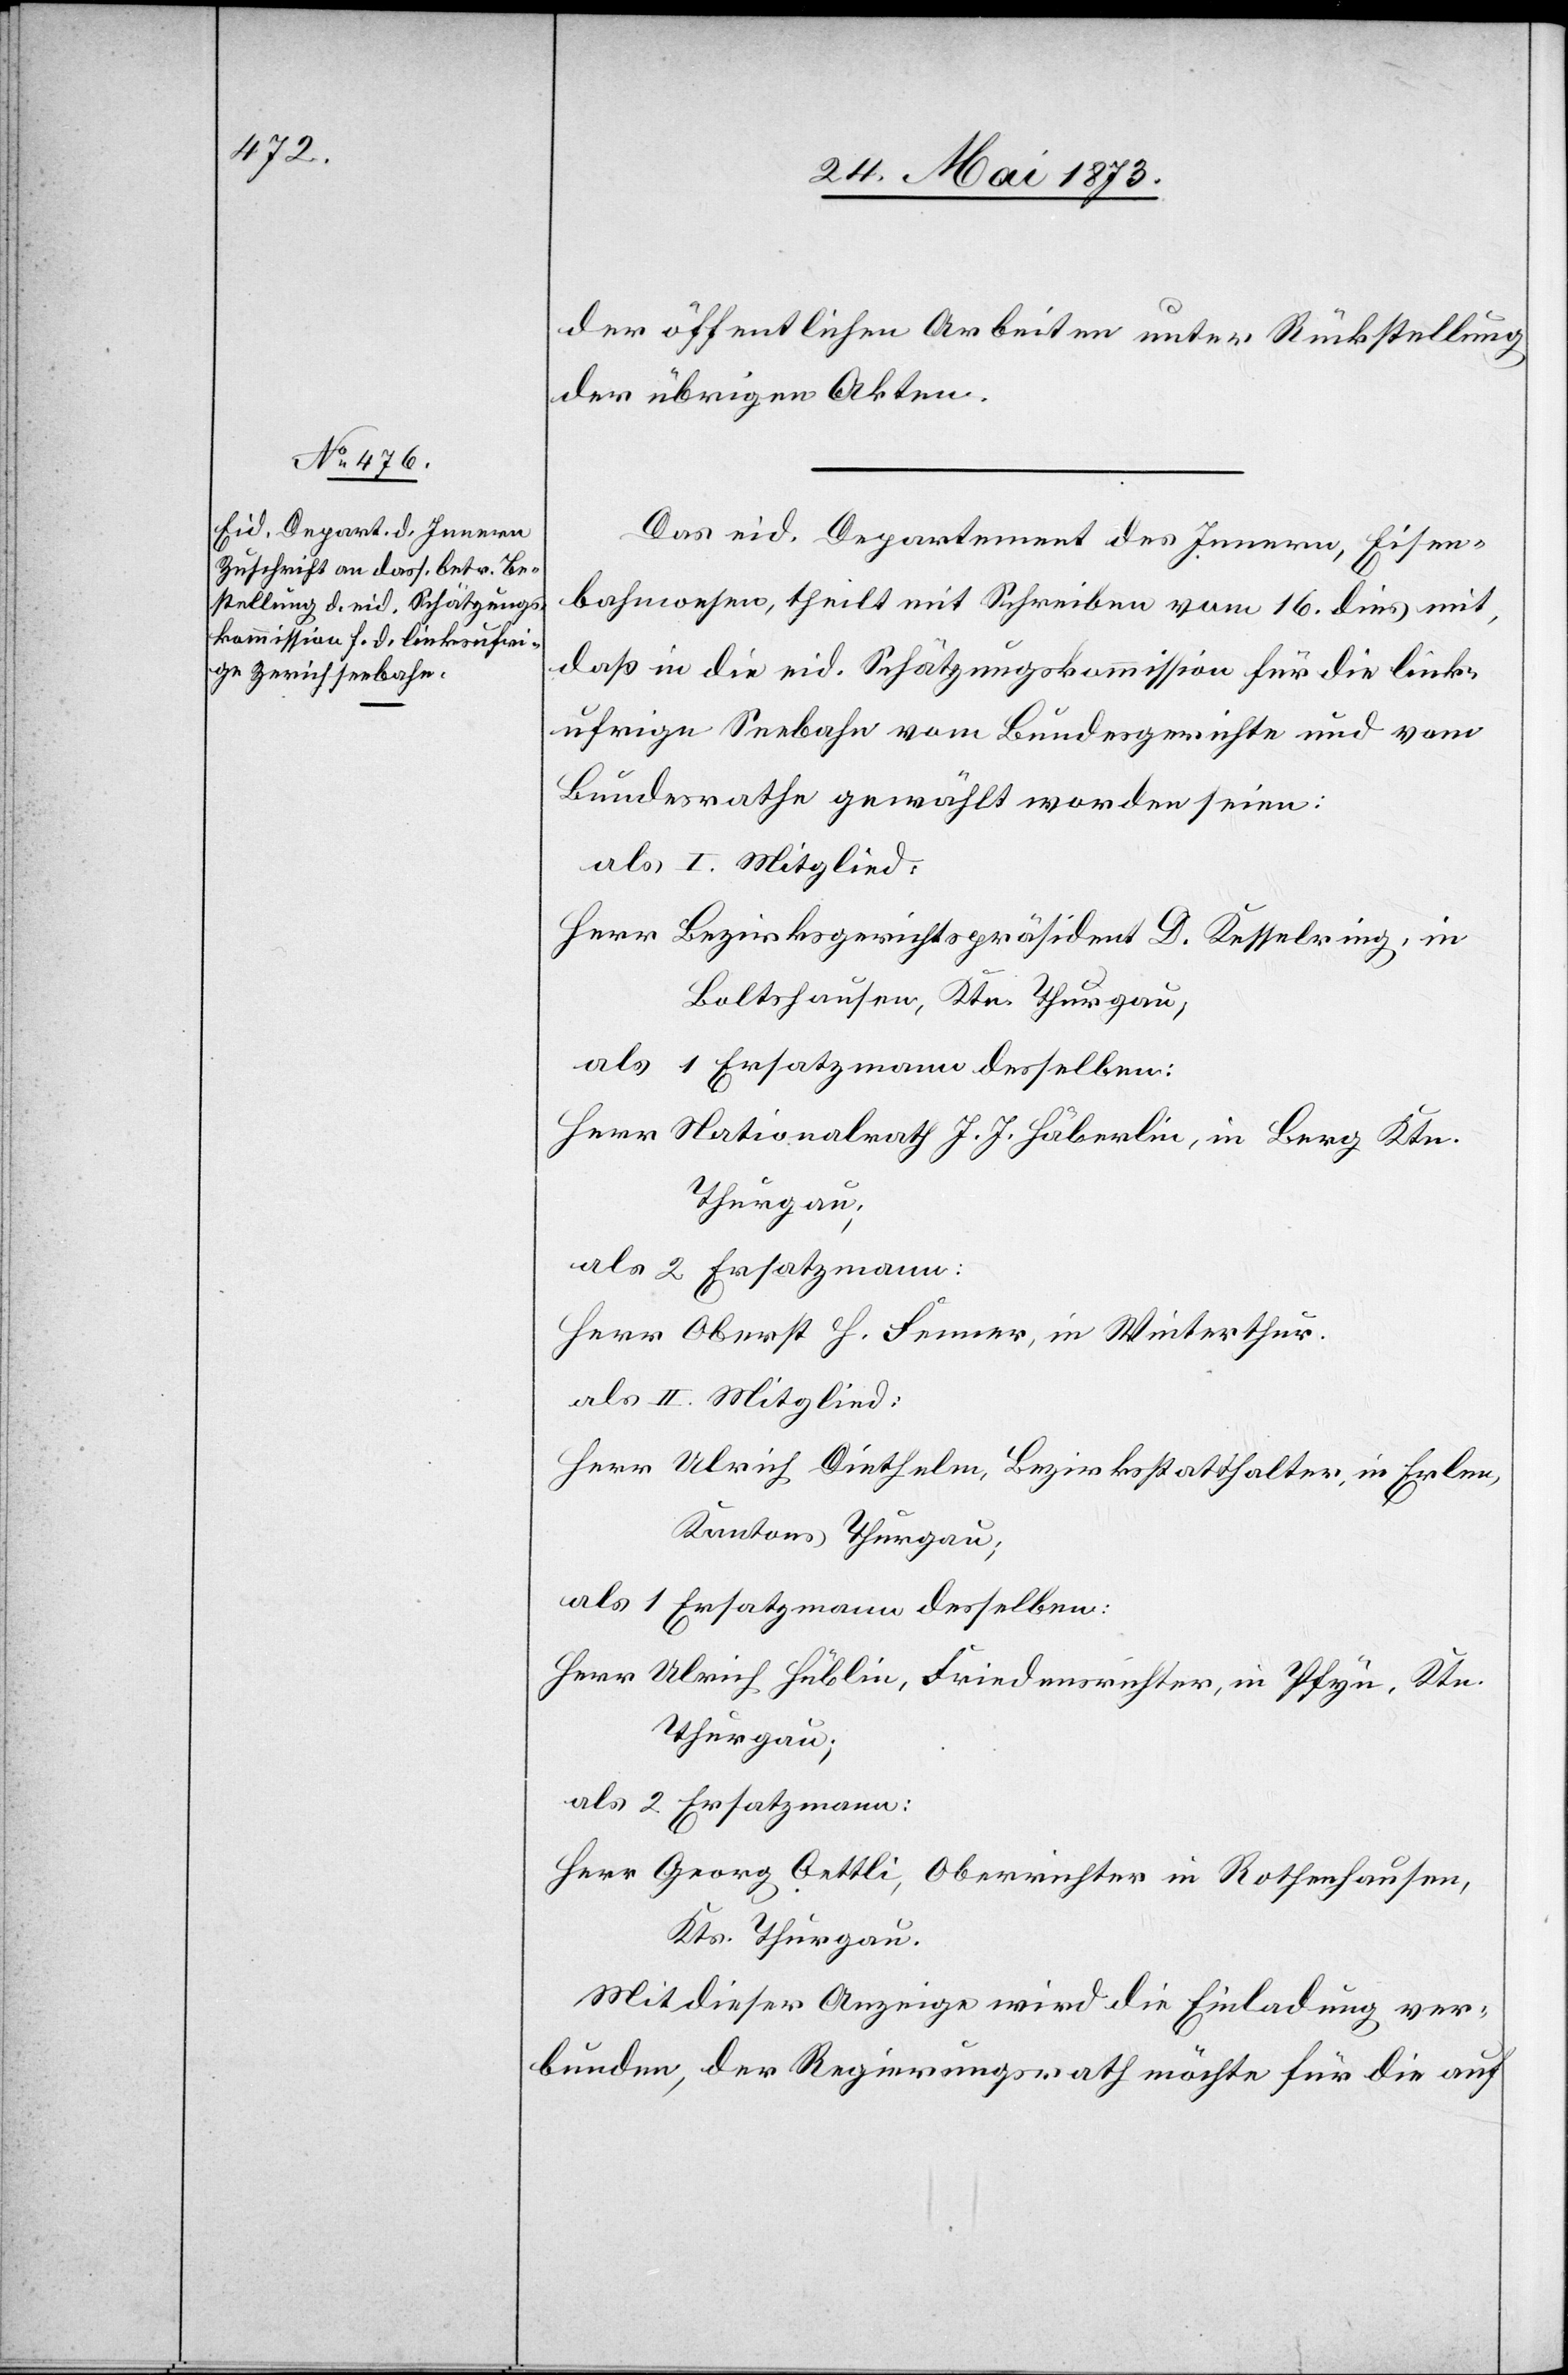
der öffentlichen Arbeiten unter Rückstellung
der übrigen Akten.
Das eid. Departement des Innern, Eisen¬
bahnwesen, theilt mit Schreiben vom 16. dies mit,
daß in die eid. Schätzungskommission für die link¬
ufrige Seebahn vom Bundesgerichte und vom
Bundesrathe gewählt worden seien:
als I. Mitglied:
Herr Bezirksgerichtspräsident D. Kesselring, in
Boltshausen, Ktn. Thurgau;
als 1 Ersatzmann desselben:
Herr Nationalrath J. J. Häberlin, in Berg Ktn.
Thurgau;
als 2 Ersatzmann:
Herr Oberst H. Fenner, in Winterthur.
als II. Mitglied:
Herr Ulrich Diethelm, Bezirksstatthalter, in Erlen,
Kantons Thurgau;
als 1 Ersatzmann desselben:
Herr Ulrich Hüblin, Friedensrichter, in Pfyn, Ktn.
Herr Georg Oettli, Oberrichter in Rothenhausen,
Kts. Thurgau.
Mit dieser Anzeige wird die Einladung ver¬
bunden, der Regierungsrath möchte für die auf